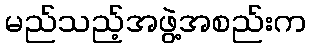
မည်သည့်အဖွဲ့အစည်းက